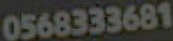
0568333681